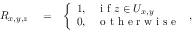
\begin{array} { r l r } { R _ { x , y , z } } & { { } = } & { \left\{ \begin{array} { l l } { 1 , } & { \mathrm { ~ i ~ f ~ } z \in U _ { x , y } } \\ { 0 , } & { \mathrm { ~ o ~ t ~ h ~ e ~ r ~ w ~ i ~ s ~ e ~ } } \end{array} \right. , } \end{array}